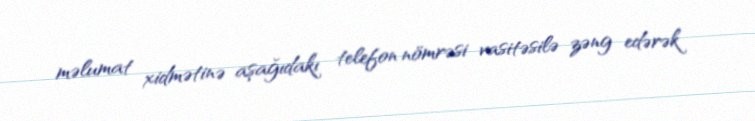
məlumat xidmətinə aşağıdakı telefon nömrəsi vasitəsilə zəng edərək